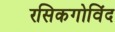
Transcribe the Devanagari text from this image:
रसिकगोविंद